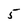
Character: 5